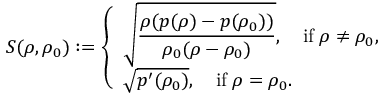
\begin{array} { r } { S ( \rho , \rho _ { 0 } ) : = \left\{ \begin{array} { l l l } { \sqrt { \displaystyle { \frac { \rho ( p ( \rho ) - p ( \rho _ { 0 } ) ) } { \rho _ { 0 } ( \rho - \rho _ { 0 } ) } } } , \quad \mathrm { i f } \; \rho \ne \rho _ { 0 } , } \\ { \sqrt { p ^ { \prime } ( \rho _ { 0 } ) } , \quad \mathrm { i f } \; \rho = \rho _ { 0 } . } \end{array} \right. } \end{array}